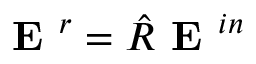
\textbf { E } ^ { r } = \hat { R } \textbf { E } ^ { i n }